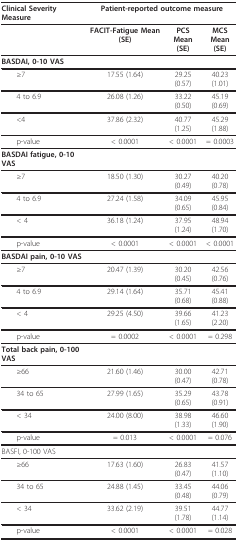
<table><thead><tr><td><b>Clinical Severity Measure</b></td><td colspan="3"><b>Patient-reported outcome measure</b></td></tr></thead><tbody><tr><td></td><td><b>FACIT-Fatigue Mean (SE)</b></td><td><b>PCS</b><b>Mean (SE)</b></td><td><b>MCS</b><b>Mean (SE)</b></td></tr><tr><td><b>BASDAI, 0-10 VAS</b></td><td></td><td></td><td></td></tr><tr><td> ≥7</td><td>17.55 (1.64)</td><td>29.25 (0.57)</td><td>40.23 (1.01)</td></tr><tr><td> 4 to 6.9</td><td>26.08 (1.26)</td><td>33.22 (0.50)</td><td>45.19 (0.69)</td></tr><tr><td> &lt;4</td><td>37.86 (2.32)</td><td>40.77 (1.25)</td><td>45.29 (1.88)</td></tr><tr><td> p-value</td><td>&lt; 0.0001</td><td>&lt; 0.0001</td><td>= 0.0003</td></tr><tr><td><b>BASDAI fatigue, 0-10 VAS</b></td><td></td><td></td><td></td></tr><tr><td> ≥7</td><td>18.50 (1.30)</td><td>30.27 (0.49)</td><td>40.20 (0.78)</td></tr><tr><td> 4 to 6.9</td><td>27.24 (1.58)</td><td>34.09 (0.65)</td><td>45.95 (0.84)</td></tr><tr><td> &lt; 4</td><td>36.18 (1.24)</td><td>37.95 (1.24)</td><td>48.94 (1.70)</td></tr><tr><td> p-value</td><td>&lt; 0.0001</td><td>&lt; 0.0001</td><td>&lt; 0.0001</td></tr><tr><td><b>BASDAI pain, 0-10 VAS</b></td><td></td><td></td><td></td></tr><tr><td> ≥7</td><td>20.47 (1.39)</td><td>30.20 (0.45)</td><td>42.56 (0.76)</td></tr><tr><td> 4 to 6.9</td><td>29.14 (1.64)</td><td>35.71 (0.68)</td><td>45.41 (0.88)</td></tr><tr><td> &lt; 4</td><td>29.25 (4.50)</td><td>39.66 (1.65)</td><td>41.23 (2.20)</td></tr><tr><td> p-value</td><td>= 0.0002</td><td>&lt; 0.0001</td><td>= 0.298</td></tr><tr><td><b>Total back pain, 0-100 VAS</b></td><td></td><td></td><td></td></tr><tr><td> ≥66</td><td>21.60 (1.46)</td><td>30.00 (0.47)</td><td>42.71 (0.78)</td></tr><tr><td> 34 to 65</td><td>27.99 (1.65)</td><td>35.29 (0.65)</td><td>43.78 (0.91)</td></tr><tr><td> &lt; 34</td><td>24.00 (8.00)</td><td>38.98 (1.33)</td><td>46.60 (1.90)</td></tr><tr><td> p-value</td><td>= 0.013</td><td>&lt; 0.0001</td><td>= 0.076</td></tr><tr><td>BASFI, 0-100 VAS</td><td></td><td></td><td></td></tr><tr><td> ≥66</td><td>17.63 (1.60)</td><td>26.83 (0.47)</td><td>41.57 (1.10)</td></tr><tr><td> 34 to 65</td><td>24.88 (1.45)</td><td>33.45 (0.48)</td><td>44.06 (0.79)</td></tr><tr><td> &lt; 34</td><td>33.62 (2.19)</td><td>39.51 (1.78)</td><td>44.77 (1.14)</td></tr><tr><td> p-value</td><td>&lt; 0.0001</td><td>&lt; 0.0001</td><td>= 0.028</td></tr></tbody></table>